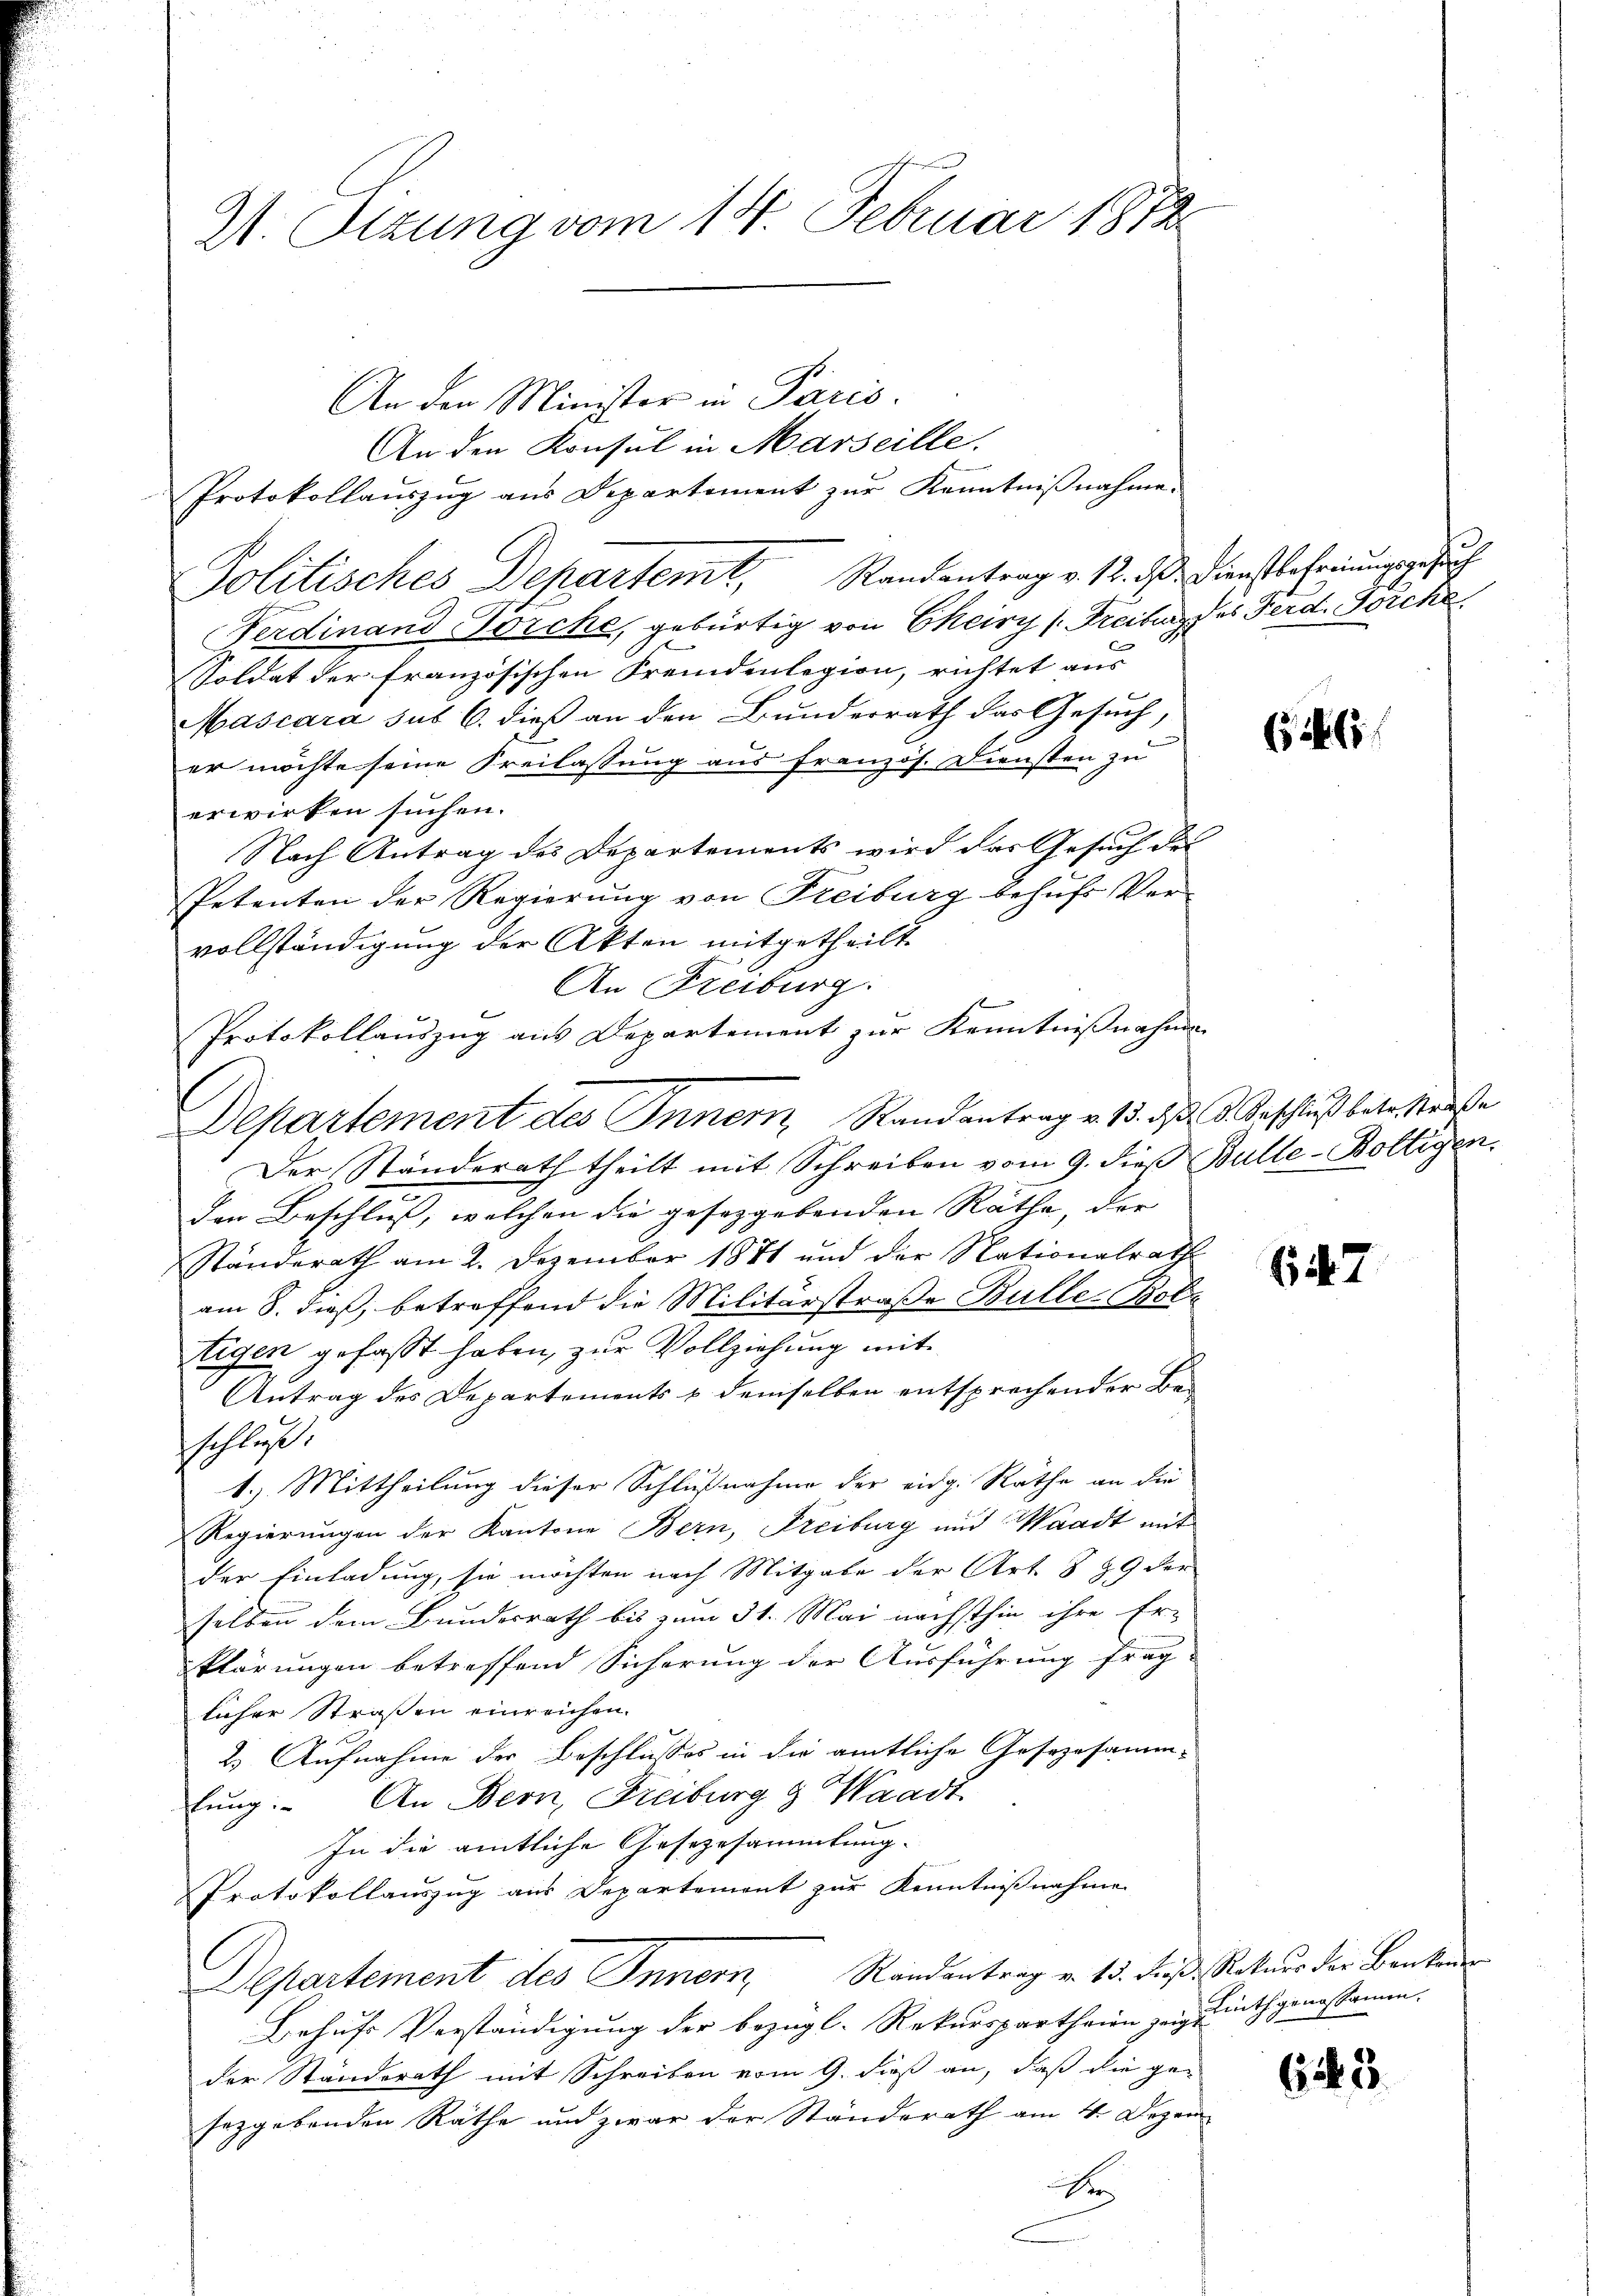
S. Tizung vom 14. Februar 1872

An den Minister in Paris.
An den Konsul in Marseille.
Protokollaŭszŭg aŭs Departement zŭr Kenntniβnahme.
Politisches Departemt, Randentrag v. 12. dß. Dienstbehrungsgesuch
Ferdinand Torche, gebürtig von Ekeiry (Freiburg des Ferd. Forche
Soldat der französischen Fremdenlegion, richtet aus
Mascara sub 6. dieß an den Bunderrath das Gesuch,
er möchte seine Freilassung aus französ. Diensten zu
erwirken suchen.
Nach Antrag des Departements wird das Gesuch der
Petenten der Regierung von Freiburg behufs Vervollständigung der Akten mitgetheilt.
An Freiburg.
f
Protokollauszug aus Departement zur Kenntnißnahmen
Der Standerath theilt mit Schreiben vom 9. dieß Bulle-Boltigen.
den Beschluß, welchen die geseggebenden Räthe, der |
Ständerath am 2. Dezember 1871 und der Nationalrath
am 8. dieß, betreffend die Militärstraße Bulle, Bote
tigen gefasst haben, zur Vollziehung mit
Antrag des Departements & demselben entsprechender Beschluß:
1.) Mittheilung dieser Schlußnahme der eidg. Räthe an die
Regierungen der Kantone Bern, Freiburg und Waadt mit
der Einladung, sie möchten nach Mitgabe der Art. § 39 der
selben dem Bundesrath bis zum 31. Mai nächsthin ihre Er-
klärungen betreffend Sicherung der Ausführung frag-
licher Straßen einreichen.
2. Aufnahme der Beschlusses in die amtliche Gesezesamm-
lung. An Bern, Freiburg & Waadt
In die amtliche Gesezesammlung.
Protokollauszug aus Departement zur Kenntnißnahme
Departement des Innern, Randantrag v. 13. dieß, Natur der Banken
Behufs Verständigung der bezügl. Rekurspartheien zugesinthgenossamen.
der Standerath mit Schreiben vom 9. dieß an, daß die gesezgebenden Räthe und zwar der Standerath am 4. Dezem
A

Departement des Innern, Randantrag v. 13. d. d. Beschluß betr. Straße

617

645.